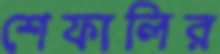
শেফালির